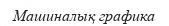
Машиналық графика